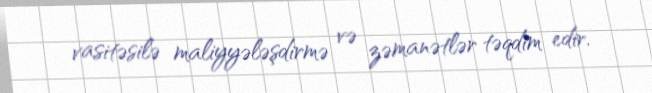
vasitəsilə maliyyələşdirmə və zəmanətlər təqdim edir.